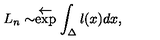
L _ { n } \sim \stackrel { { \textstyle \leftarrow } } { \exp } \int _ { \Delta } l ( x ) d x ,